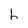
Character: h